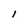
Character: l